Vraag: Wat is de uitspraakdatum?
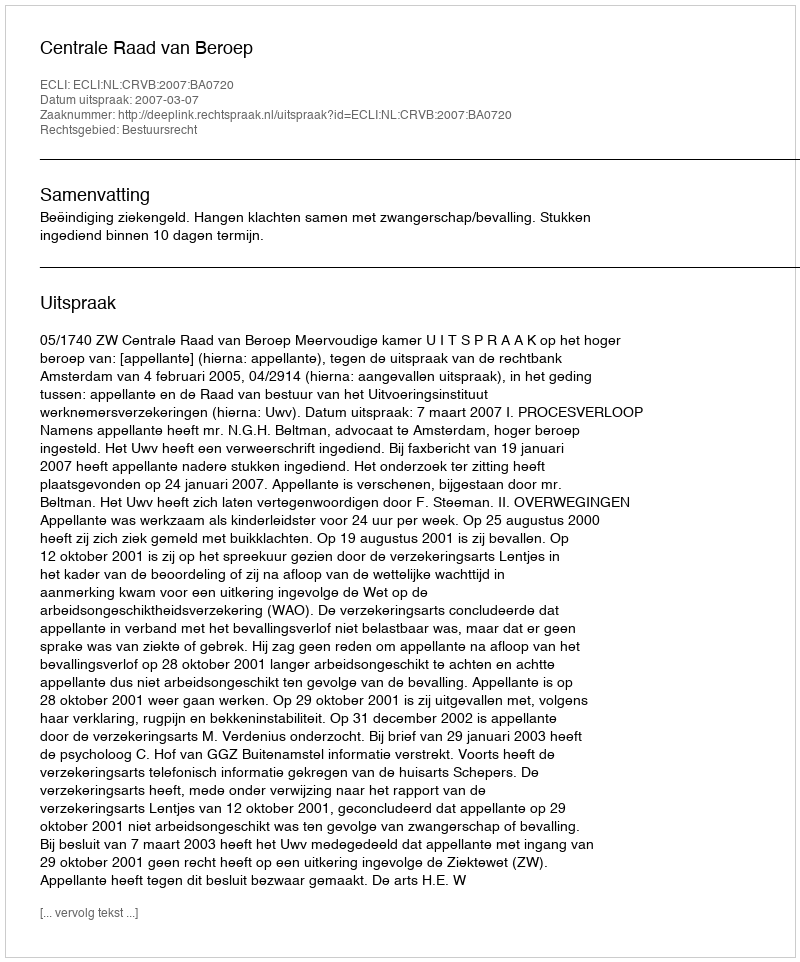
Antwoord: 2007-03-07